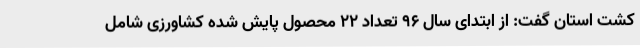
کشت استان گفت: از ابتدای سال 96 تعداد 22 محصول پایش شده کشاورزی شامل